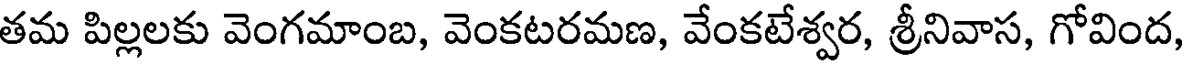
తమ పిల్లలకు వెంగమాంబ, వెంకటరమణ, వేంకటేశ్వర, శ్రీనివాస, గోవింద,